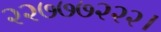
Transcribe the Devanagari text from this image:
२२७७७२२२।